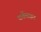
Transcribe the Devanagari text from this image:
पार्केसाइन